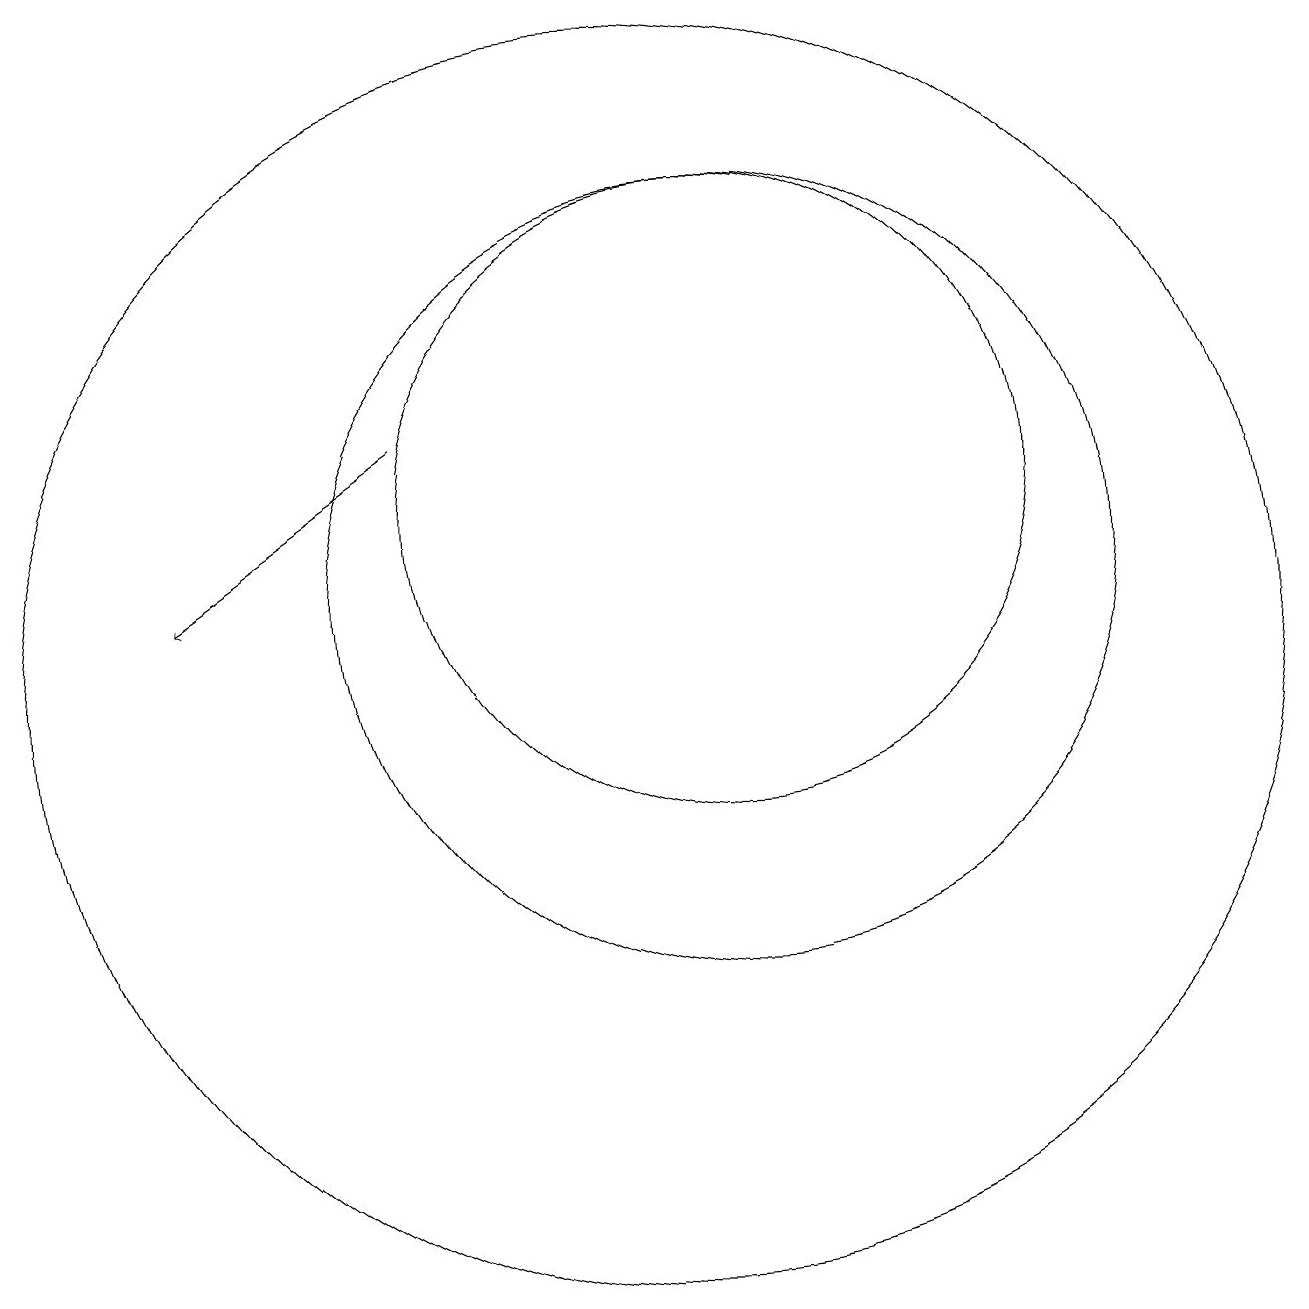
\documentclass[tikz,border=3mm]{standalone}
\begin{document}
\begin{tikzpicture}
\draw (11,10) circle (8);
\draw[->] (8,13) -- (5,11);
\draw (12,11) circle (5);
\draw (11,11) circle (0);
\draw (12,12) circle (4);
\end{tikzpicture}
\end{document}